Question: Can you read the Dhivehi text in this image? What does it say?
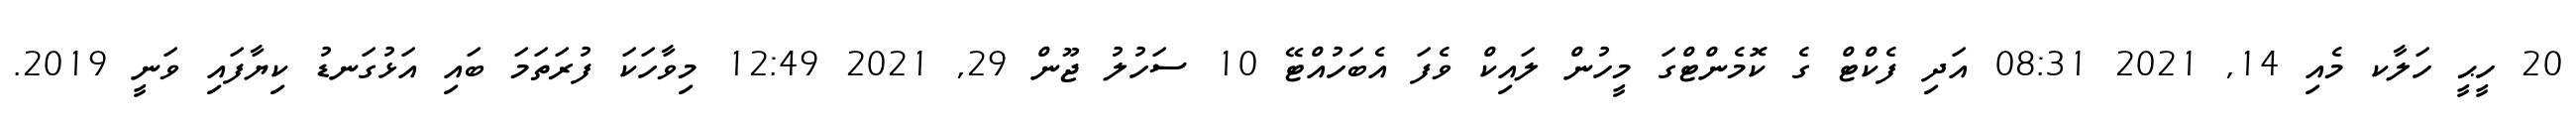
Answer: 20 ހީޙީ ހަލާކ މެއި 14, 2021 08:31 އަދި ފެކްޓް ގެ ކޮމެންޓްގަ މީހުން ލައިކް ވެފަ އެބަހުއްޓޭ 10 ސަހުލު ޖޫން 29, 2021 12:49 މިވާހަކަ ފުރަތަމަ ބައި އަޅުގަނޑު ކިޔާފައި ވަނީ 2019.